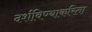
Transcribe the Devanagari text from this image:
दर्शविण्याकरिता